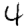
Digit: 4